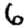
Digit: 6